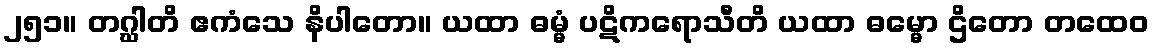
၂၅၁။ တဂ္ဃါတိ ဧကံသေ နိပါတော။ ယထာ ဓမ္မံ ပဋိကရောသီတိ ယထာ ဓမ္မော ဌိတော တထေဝ